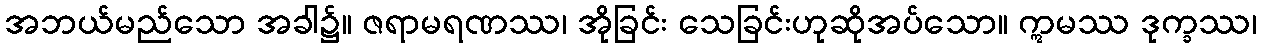
အဘယ်မည်သော အခါ၌။ ဇရာမရဏဿ၊ အိုခြင်း သေခြင်းဟုဆိုအပ်သော။ ဣမဿ ဒုက္ခဿ၊